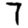
Digit: 7